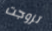
تزوجت